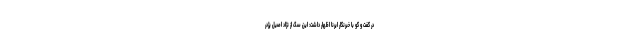
در گفت و گو با خبرنگار ایرنا اظهار داشت: این سگ از نژاد اصیل پژدر